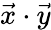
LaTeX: {\vec{x}}\cdot{\vec{y}}